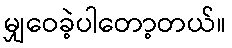
မျှဝေခဲ့ပါတော့တယ်။